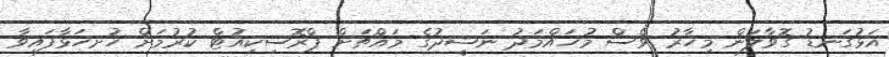
އަޅުގަނޑު ގޮވާލަން މިހާރު ވެސް މުހައްމަދު ނަޝީދުގެ މައްޗަށް ޕްރޮސިކިއުޓް ކުރުމަށް ހުށހަޅާފައިވާ